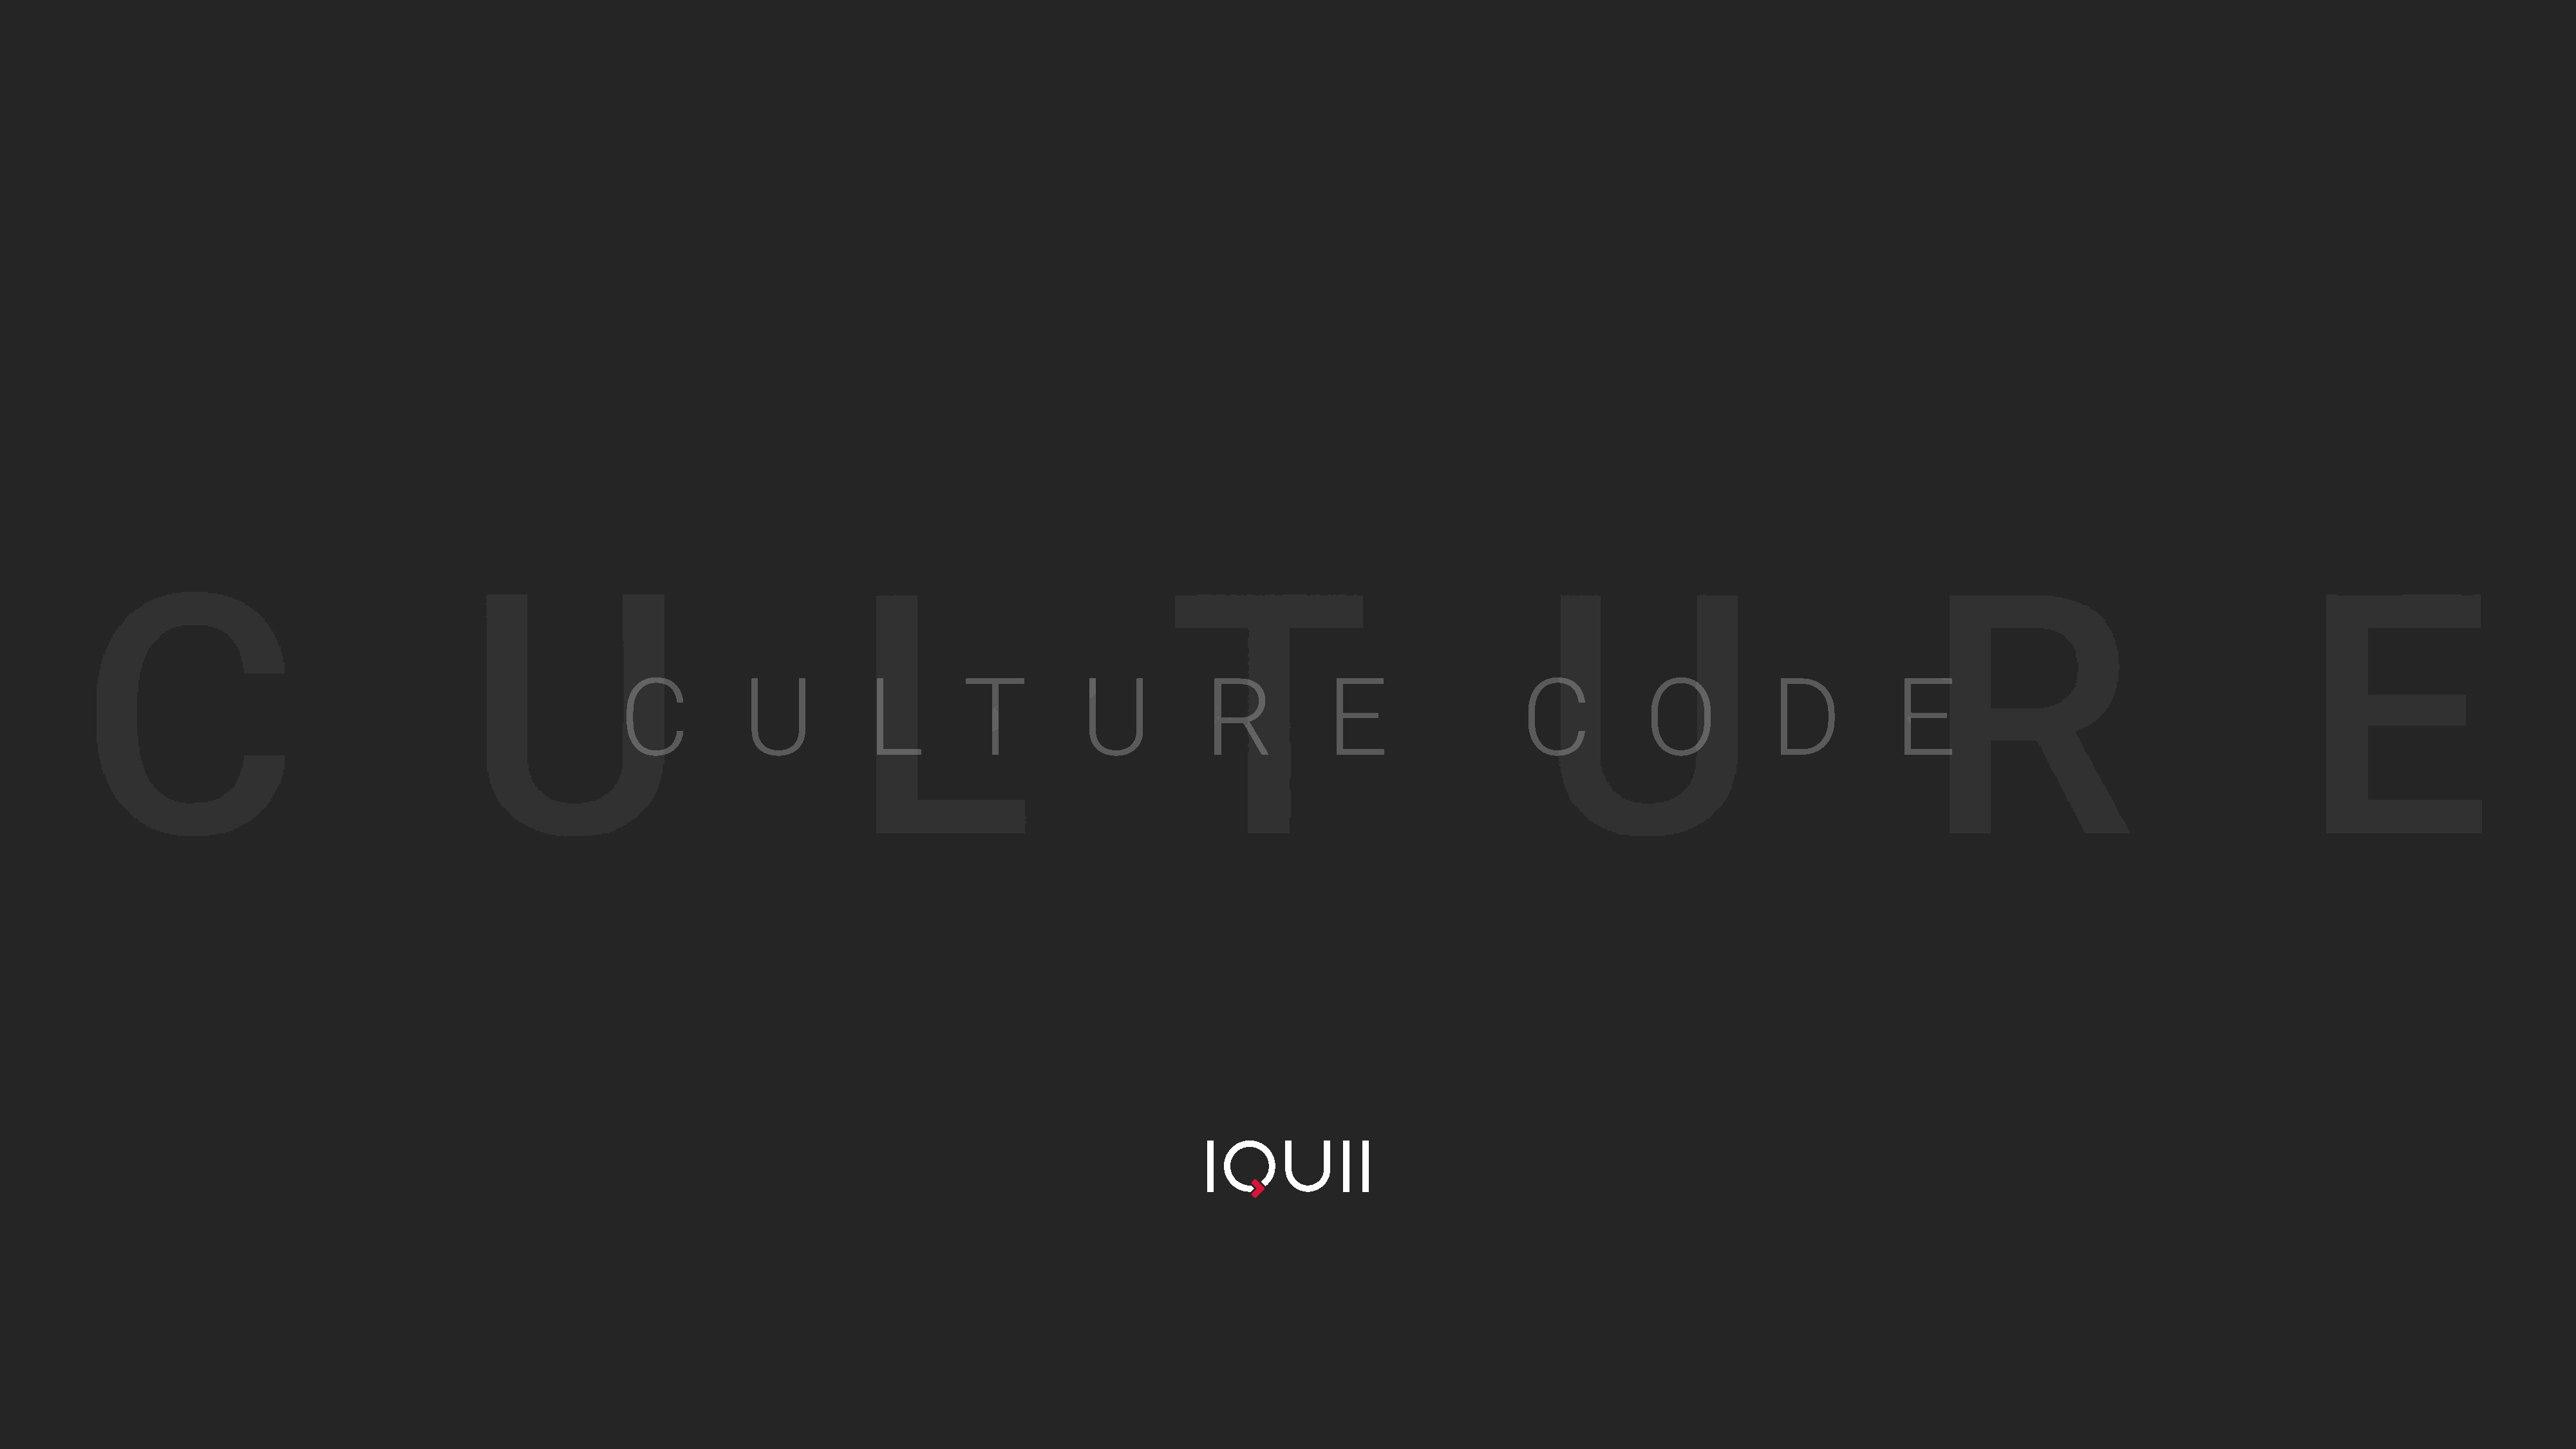
C           U            L         T           U            R           E                   C            O            D            E